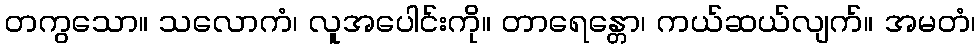
တကွသော။ သလောကံ၊ လူအပေါင်းကို။ တာရေန္တော၊ ကယ်ဆယ်လျက်။ အမတံ၊